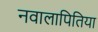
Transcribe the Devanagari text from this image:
नवालापितिया